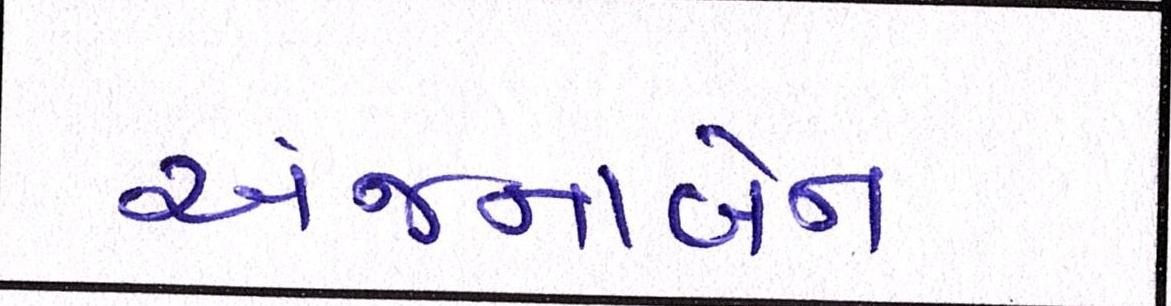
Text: અંજનાબેન